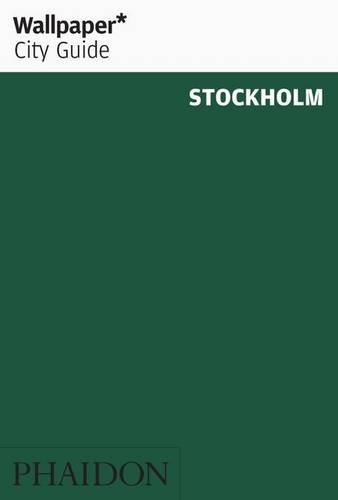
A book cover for Wallpaper* City Guide Stockholm; Wallpaper*; Travel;